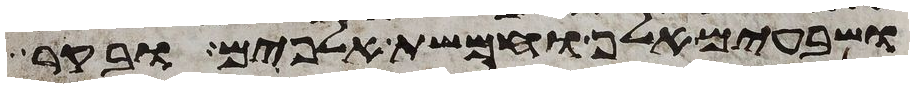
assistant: ושבעים אלף וחמשת אלפים ובקר